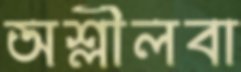
অশ্লীলবা